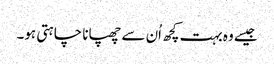
جیسے وہ بہت کچھ اُن سے چھپانا چاہتی ہو۔